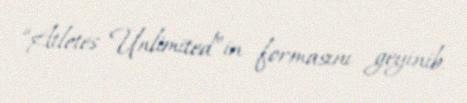
“Atletes Unlimited”in formasını geyinib.